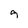
Character: g